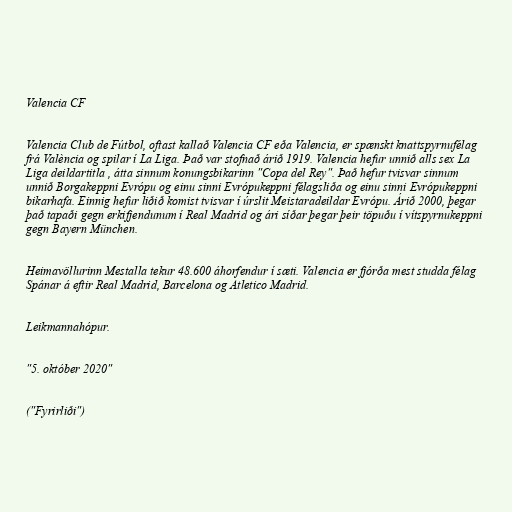
Valencia CF

Valencia Club de Fútbol, oftast kallað Valencia CF eða Valencia, er spænskt knattspyrnufélag
frá València og spilar í La Liga. Það var stofnað árið 1919. Valencia hefur unnið alls sex La
Liga deildartitla , átta sinnum konungsbikarinn "Copa del Rey". Það hefur tvisvar sinnum
unnið Borgakeppni Evrópu og einu sinni Evrópukeppni félagsliða og einu sinni Evrópukeppni
bikarhafa. Einnig hefur liðið komist tvisvar í úrslit Meistaradeildar Evrópu. Árið 2000, þegar
það tapaði gegn erkifjendunum í Real Madrid og ári síðar þegar þeir töpuðu í vítspyrnukeppni
gegn Bayern München.

Heimavöllurinn Mestalla tekur 48.600 áhorfendur í sæti. Valencia er fjórða mest studda félag
Spánar á eftir Real Madrid, Barcelona og Atletico Madrid.

Leikmannahópur.

"5. október 2020"

("Fyrirliði")